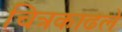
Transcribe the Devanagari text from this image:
चित्रकाढले